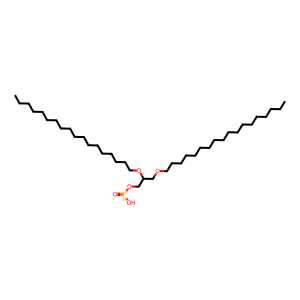
SMILES: CCCCCCCCCCCCCCCCCCOCC(CO[PH](=O)O)OCCCCCCCCCCCCCCCCCC
Inhibits HIV replication: No